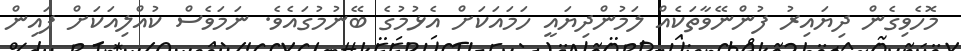
މޮހެވިގެން ދިޔައިރު ފުންނޭވާތަކެއް ލަމުންދިޔައީ ހަމައަކަށް އެޅުމުގެ ބޭނުމުގައެވެ. ނަމަވެސް ކުއްލިއަކަށް ފައިން